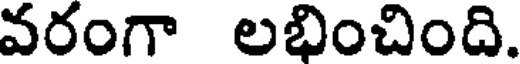
వరంగా లభించింది.